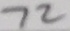
7 2